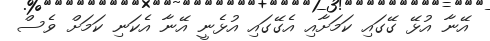
އޭނާ އުޅޭ ގޭގައި ކަމަށާއި އެގޭގައި އުޅެނީ އޭނާ އެކަނި ކަމަށް ވެސް